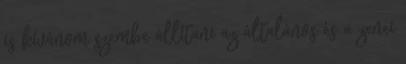
is kívánom szembe állítani az általános és a zenei